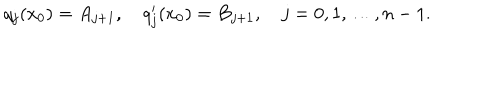
LaTeX: q _ { j } ( x _ { 0 } ) = A _ { j + 1 } , \quad q _ { j } ^ { \prime } ( x _ { 0 } ) = B _ { j + 1 } , \quad j = 0 , 1 , \ldots , n - 1 .